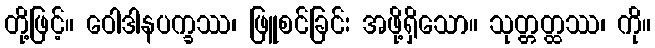
တို့ဖြင့်။ ဝေါဒါနပက္ခဿ၊ ဖြူစင်ခြင်း အဖို့ရှိသော။ သုတ္တတ္ထဿ၊ ကို။